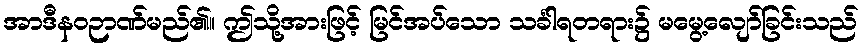
အာဒီနဝဉာဏ်မည်၏။ ဤသို့အားဖြင့် မြင်အပ်သော သင်္ခါရတရား၌ မမွေ့လျော်ခြင်းသည်